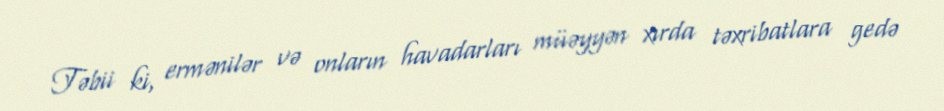
Təbii ki, ermənilər və onların havadarları müəyyən xırda təxribatlara gedə